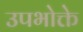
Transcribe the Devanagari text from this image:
उपभोक्ते